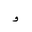
Letter: _waw